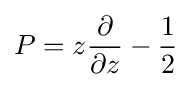
P=z{\partial  \over \partial z}-{1 \over 2}